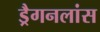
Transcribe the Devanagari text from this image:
ड्रैगनलांस